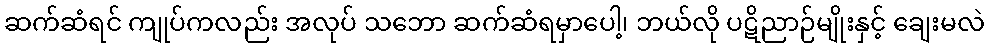
ဆက်ဆံရင် ကျုပ်ကလည်း အလုပ် သဘော ဆက်ဆံရမှာပေါ့၊ ဘယ်လို ပဋိညာဉ်မျိုးနှင့် ချေးမလဲ